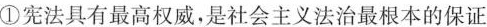
①宪法具有最高权威，是社会主义法治最根本的保证